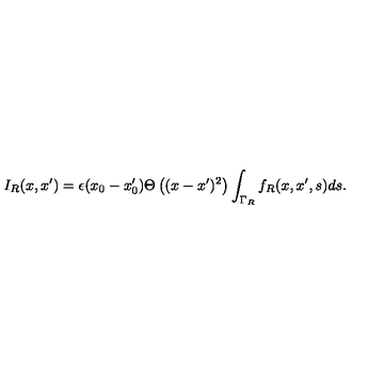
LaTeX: I _ { R } ( x , x ^ { \prime } ) = \epsilon ( x _ { 0 } - x _ { 0 } ^ { \prime } ) \Theta \left( ( x - x ^ { \prime } ) ^ { 2 } \right) \int _ { \Gamma _ { R } } f _ { R } ( x , x ^ { \prime } , s ) d s .